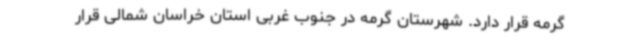
گرمه قرار دارد. شهرستان گرمه در جنوب غربی استان خراسان شمالی قرار